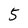
Character: 5